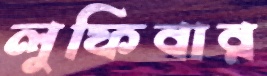
লুফিবার